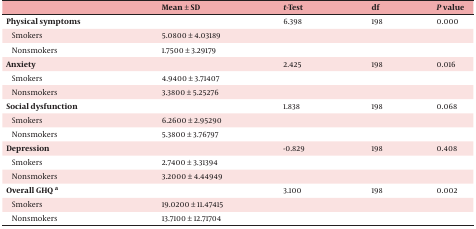
|  | Mean ± SD | t-Test | df | P value |
 | --- | --- | --- | --- | --- |
 | Physical symptoms |  | 6.398 | 198 | 0.000 |
 | Smokers | 5.0800 ± 4.03189 |  |  |  |
 | Nonsmokers | 1.7500 ± 3.29179 |  |  |  |
 | Anxiety |  | 2.425 | 198 | 0.016 |
 | Smokers | 4.9400 ± 3.71407 |  |  |  |
 | Nonsmokers | 3.3800 ± 5.25276 |  |  |  |
 | Social dysfunction |  | 1.838 | 198 | 0.068 |
 | Smokers | 6.2600 ± 2.95290 |  |  |  |
 | Nonsmokers | 5.3800 ± 3.76797 |  |  |  |
 | Depression |  | -0.829 | 198 | 0.408 |
 | Smokers | 2.7400 ± 3.31394 |  |  |  |
 | Nonsmokers | 3.2000 ± 4.44949 |  |  |  |
 | Overall GHQ a |  | 3.100 | 198 | 0.002 |
 | Smokers | 19.0200 ± 11.47415 |  |  |  |
 | Nonsmokers | 13.7100 ± 12.71704 |  |  |  |